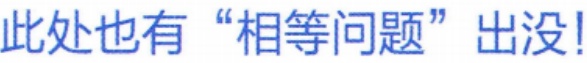
此处也有“相等问题”出没!